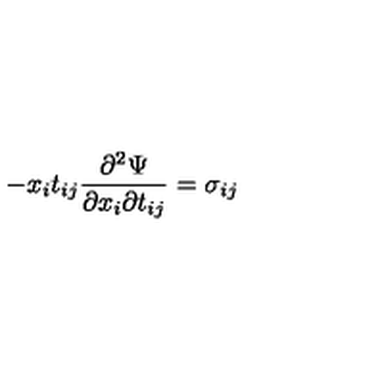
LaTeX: - x _ { i } t _ { i j } \frac { \partial ^ { 2 } \Psi } { \partial x _ { i } \partial t _ { i j } } = \sigma _ { i j }